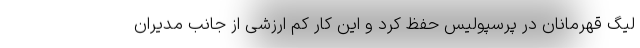
لیگ قهرمانان در پرسپولیس حفظ کرد و این کار کم ارزشی از جانب مدیران